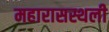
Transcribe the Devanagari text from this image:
महारासस्थली